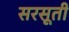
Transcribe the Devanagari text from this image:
सरसूती